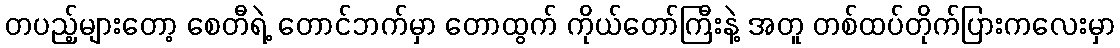
တပည့်များတော့ စေတီရဲ့ တောင်ဘက်မှာ တောထွက် ကိုယ်တော်ကြီးနဲ့ အတူ တစ်ထပ်တိုက်ပြားကလေးမှာ